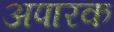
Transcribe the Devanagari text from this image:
अपारक